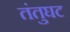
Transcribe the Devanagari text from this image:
तंतुघट